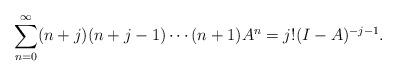
LaTeX: \begin{align*}\sum_{n=0}^{\infty}(n+j)(n+j-1)\cdots(n+1) A^n = j!(I-A)^{-j-1}.\end{align*}